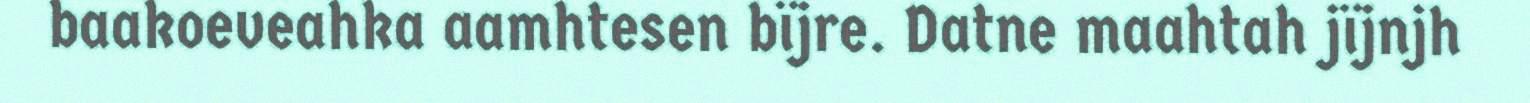
baakoeveahka aamhtesen bïjre. Datne maahtah jïjnjh